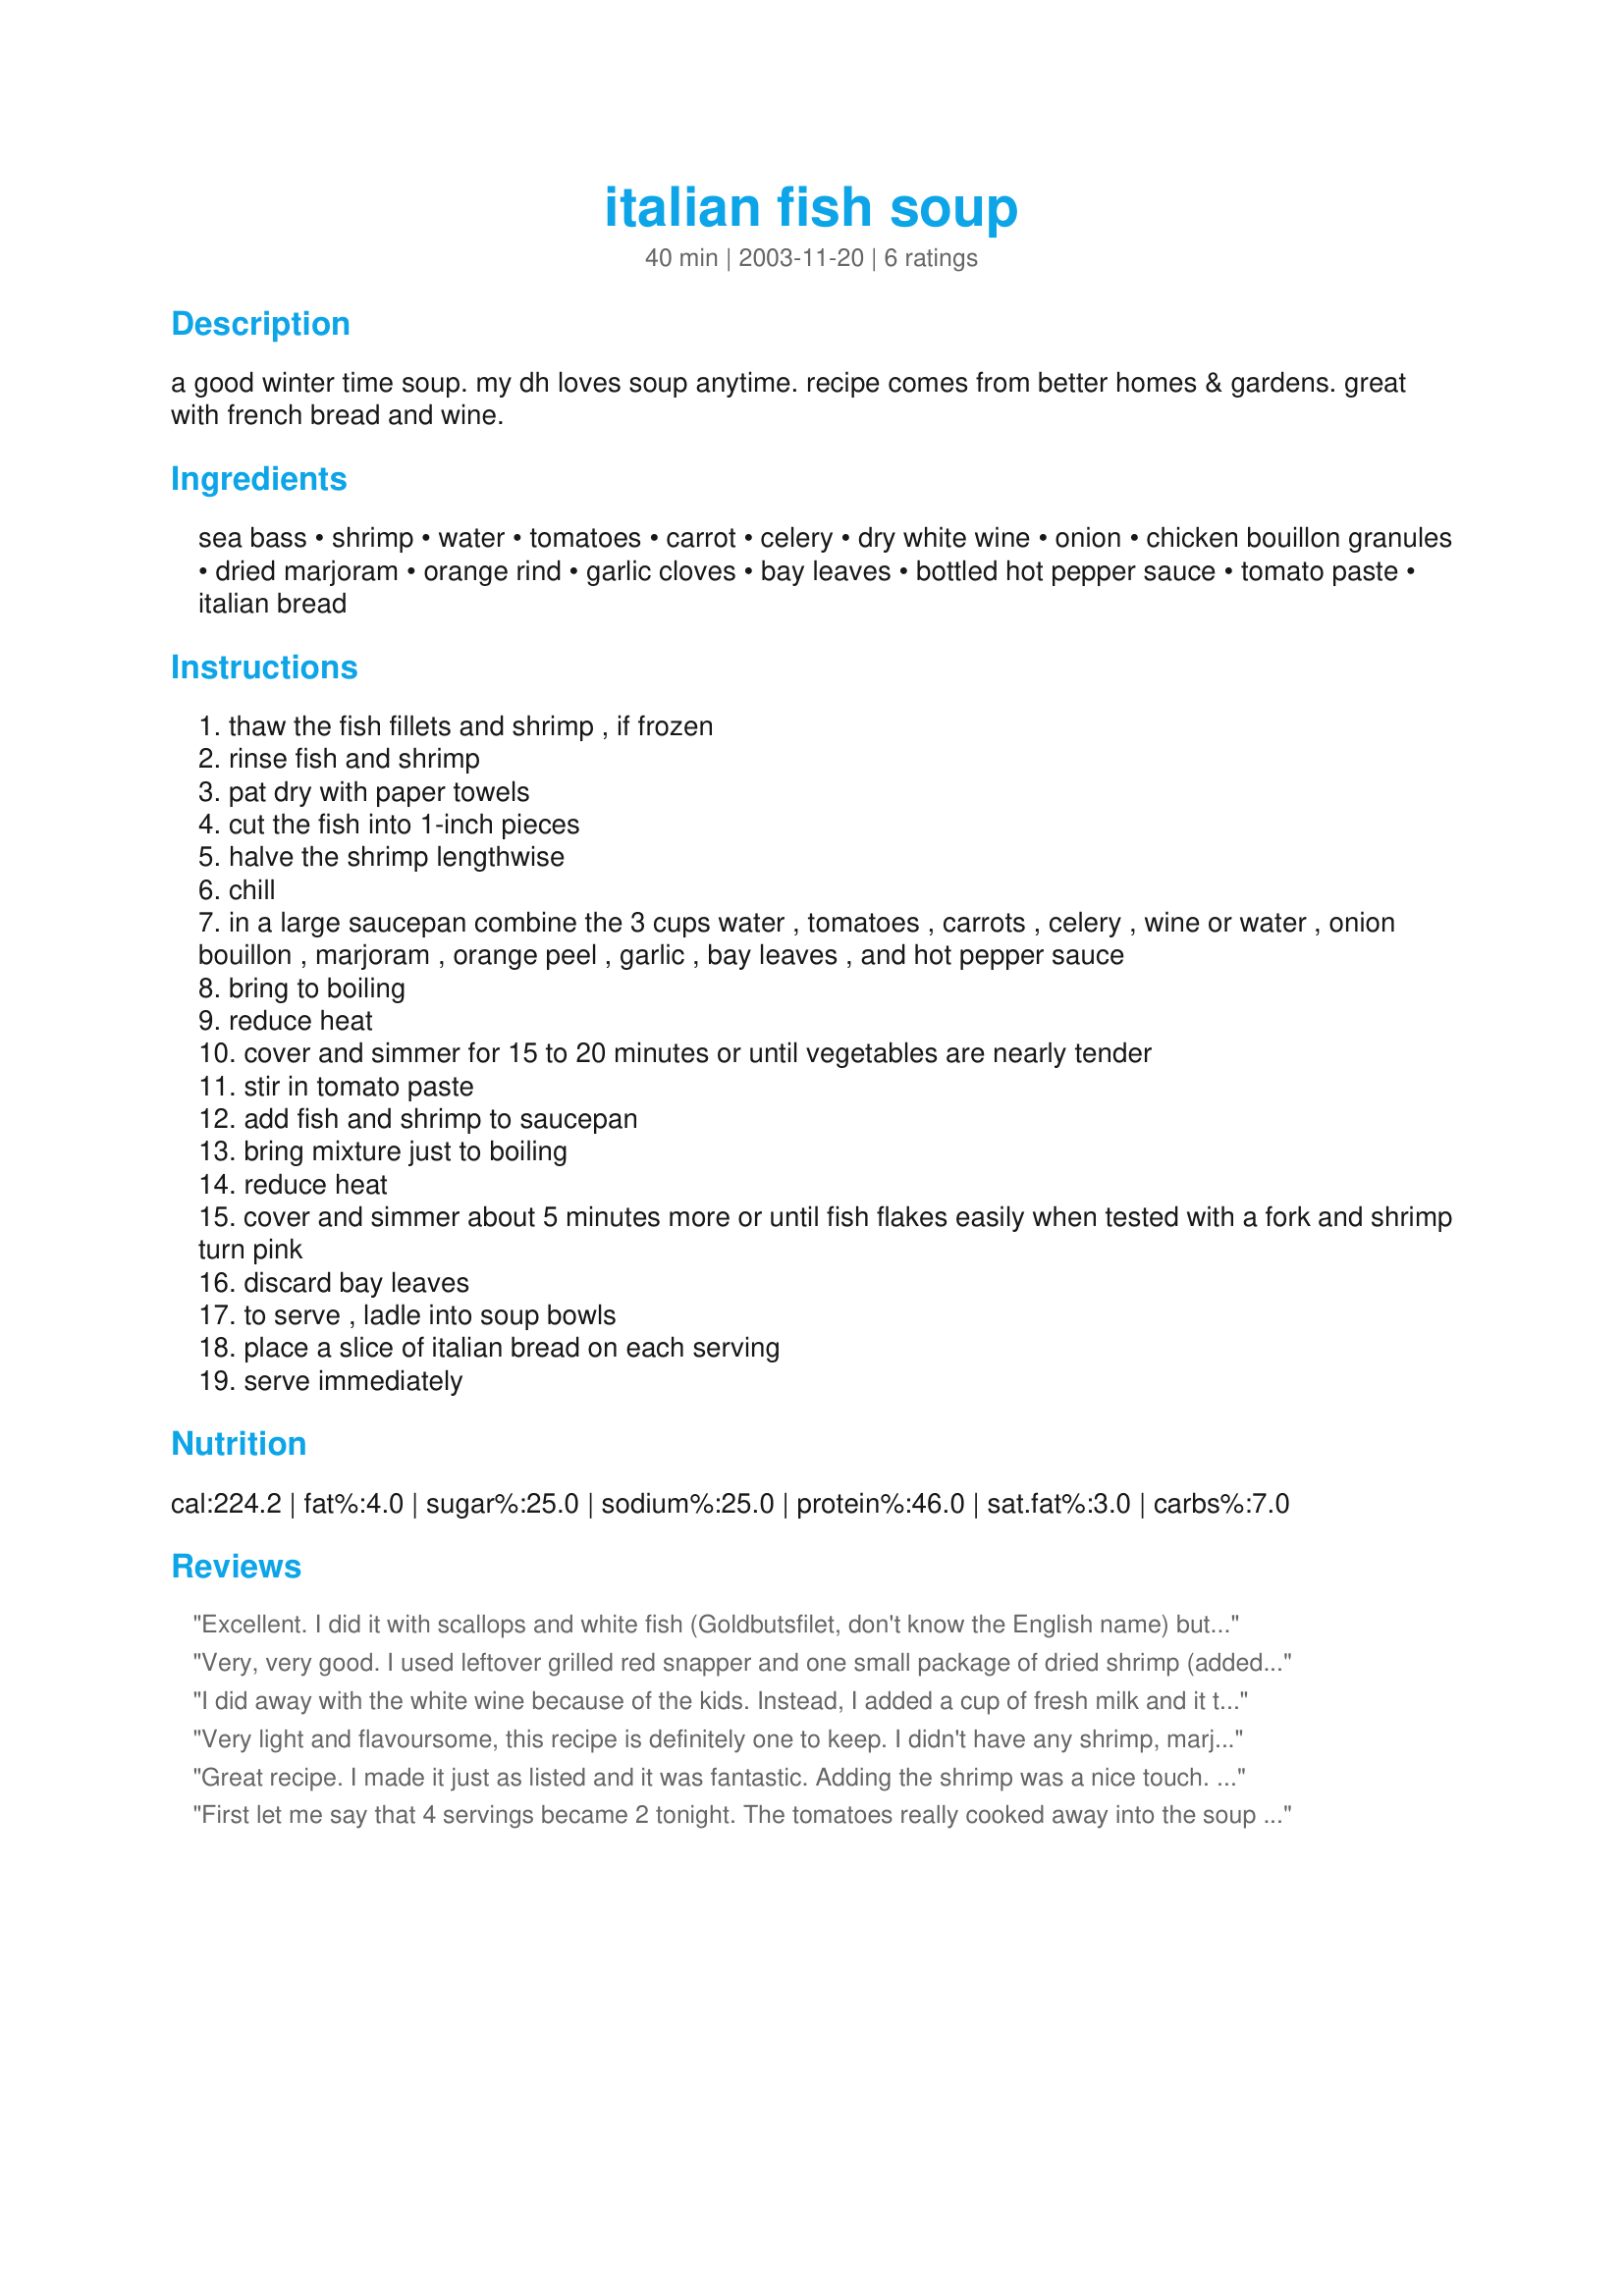
italian fish soup
Preparation time: 40 minutes

a good winter time soup. my dh loves soup anytime. recipe comes from better homes & gardens. great with french bread and wine.

Ingredients:
sea bass, shrimp, water, tomatoes, carrot, celery, dry white wine, onion, chicken bouillon granules, dried marjoram, orange rind, garlic cloves, bay leaves, bottled hot pepper sauce, tomato paste, italian bread

Steps:
thaw the fish fillets and shrimp , if frozen
rinse fish and shrimp
pat dry with paper towels
cut the fish into 1-inch pieces
halve the shrimp lengthwise
chill
in a large saucepan combine the 3 cups water , tomatoes , carrots , celery , wine or water , onion bouillon , marjoram , orange peel , garlic , bay leaves , and hot pepper sauce
bring to boiling
reduce heat
cover and simmer for 15 to 20 minutes or until vegetables are nearly tender
stir in tomato paste
add fish and shrimp to saucepan
bring mixture just to boiling
reduce heat
cover and simmer about 5 minutes more or until fish flakes easily when tested with a fork and shrimp turn pink
discard bay leaves
to serve , ladle into soup bowls
place a slice of italian bread on each serving
serve immediately

Reviews:
Excellent. I did it with scallops and white fish (Goldbutsfilet, don't know the English name) but I'd recommend adding the tomatoes only 8 minutes before the end of cooking. My other half and I finished four servings between us.
 ;D
Very, very good. I used leftover grilled red snapper and one small package of dried shrimp (added with the veggies). Left out carrots and added a can of navy beans drained. My family loved it!
I did away with the white wine because of the kids. Instead, I added a cup of fresh milk and it tasted wonderful ! Both adults and kids loved it so much they asked me to make it again the next day. I used salmon and Alaska fish fillets. Instead of chicken bouillons, I used leftover chicken broth instead. I dont favor using chicken bouillons in soup because after some time, you can detect the monosodium glutamate in them in any soup. With salmon, you dont need artificial flavoring, the taste itself makes sumptuous soups. Natural is best and gives out a slightly thicker consistency. I will definitely use this recipe over and over again. Thanks for sharing !

Polar Bear
Very light and flavoursome, this recipe is definitely one to keep. I didn't have any shrimp, marjoram or orange peel so skipped those and added a pinch of oragano and 2 slices of tinned pineapple. I also substituted milk for wine like Polar Bear and used natural chicken stock rather than bouillon.

Will definitely be making this again!
Great recipe. I made it just as listed and it was fantastic. Adding the shrimp was a nice touch. I plan to keep this recipe adn will try it with all kinds of fish. 
Thanks!
First let me say that 4 servings became 2 tonight. The tomatoes really cooked away into the soup so I just picked out the skins at serving time. The only thing I would change would be to use fish stock (if available) in place of the chicken. This is a lovely light and low fat soup that I'm sure I'll make again. I didn't have sea bass so I used Mahi Mahi along with the shrimp.
